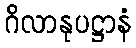
ဂိလာနုပဋ္ဌာနံ